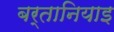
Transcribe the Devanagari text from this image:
बर्तानियाइ